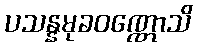
ပသန္နမုခဝဏ္ဏောသိ